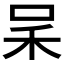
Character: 𠰓